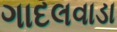
ગાદલવાડા